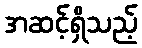
အဆင့်ရှိသည့်